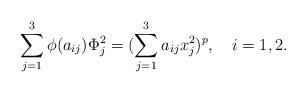
LaTeX: \begin{align*}\sum_{j=1}^3\phi(a_{ij})\Phi_j^2=(\sum_{j=1}^3a_{ij}x_j^2)^p,\ \ \ i=1,2.\end{align*}